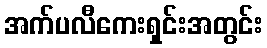
အက်ပလီကေးရှင်းအတွင်း